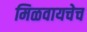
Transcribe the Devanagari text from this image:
मिळवायचेच